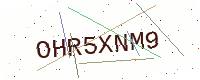
Text: OHR5XNM9